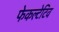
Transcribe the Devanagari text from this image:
फेकल्टेटिव